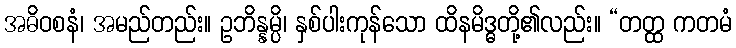
အဓိဝစနံ၊ အမည်တည်း။ ဥဘိန္နမ္ပိ၊ နှစ်ပါးကုန်သော ထိနမိဒ္ဓတို့၏လည်း။ “တတ္ထ ကတမံ